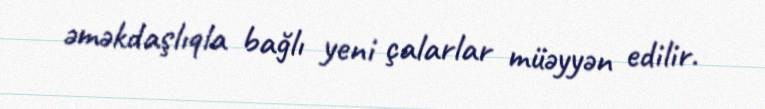
əməkdaşlıqla bağlı yeni çalarlar müəyyən edilir.